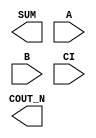
/**
 * Copyright 2020 The SkyWater PDK Authors
 *
 * Licensed under the Apache License, Version 2.0 (the "License");
 * you may not use this file except in compliance with the License.
 * You may obtain a copy of the License at
 *
 *     https://www.apache.org/licenses/LICENSE-2.0
 *
 * Unless required by applicable law or agreed to in writing, software
 * distributed under the License is distributed on an "AS IS" BASIS,
 * WITHOUT WARRANTIES OR CONDITIONS OF ANY KIND, either express or implied.
 * See the License for the specific language governing permissions and
 * limitations under the License.
 *
 * SPDX-License-Identifier: Apache-2.0
 */

`ifndef SKY130_FD_SC_HD__FAHCON_BLACKBOX_V
`define SKY130_FD_SC_HD__FAHCON_BLACKBOX_V

/**
 * fahcon: Full adder, inverted carry in, inverted carry out.
 *
 * Verilog stub definition (black box without power pins).
 *
 * WARNING: This file is autogenerated, do not modify directly!
 */

`timescale 1ns / 1ps
`default_nettype none

(* blackbox *)
module sky130_fd_sc_hd__fahcon (
    COUT_N,
    SUM   ,
    A     ,
    B     ,
    CI
);

    output COUT_N;
    output SUM   ;
    input  A     ;
    input  B     ;
    input  CI    ;

    // Voltage supply signals
    supply1 VPWR;
    supply0 VGND;
    supply1 VPB ;
    supply0 VNB ;

endmodule

`default_nettype wire
`endif  // SKY130_FD_SC_HD__FAHCON_BLACKBOX_V